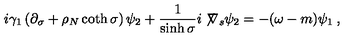
i \gamma _ { 1 } \left( \partial _ { \sigma } + \rho _ { N } \coth \sigma \right) \psi _ { 2 } + \frac { 1 } { \sinh \sigma } i \not \! \nabla _ { s } \psi _ { 2 } = - ( \omega - m ) \psi _ { 1 } \: ,